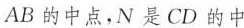
AB的中点，N是CD的中